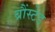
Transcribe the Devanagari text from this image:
ब्रौंस्टेड